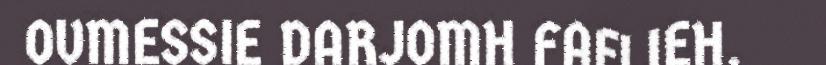
OVMESSIE DARJOMH FAELIEH.